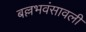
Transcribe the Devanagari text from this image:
बल्लभवंसावली